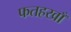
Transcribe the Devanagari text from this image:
फतहखाँ